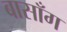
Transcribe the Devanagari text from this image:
बासाँग